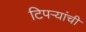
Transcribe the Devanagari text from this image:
टिपऱ्यांची